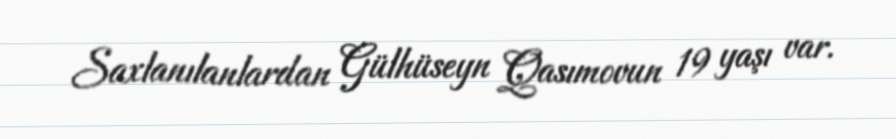
Saxlanılanlardan Gülhüseyn Qasımovun 19 yaşı var.